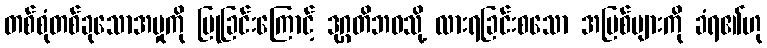
တစ်စုံတစ်ခုသောအမှုကို ပြုခြင်းကြောင့် ဒုဂ္ဂတိဘဝသို့ လားရခြင်းစသော အပြစ်များကို ခံရ၏ဟု